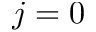
j = 0